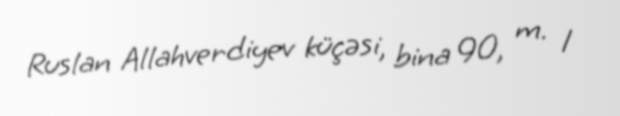
Ruslan Allahverdiyev küçəsi, bina 90, m. 1